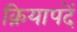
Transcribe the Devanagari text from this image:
क्रियापदें